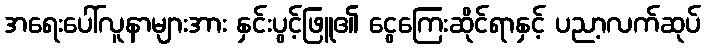
အရေးပေါ်လူနာများအား နှင်းပွင့်ဖြူ၏ ငွေကြေးဆိုင်ရာနှင့် ပညာ့လက်ဆုပ်